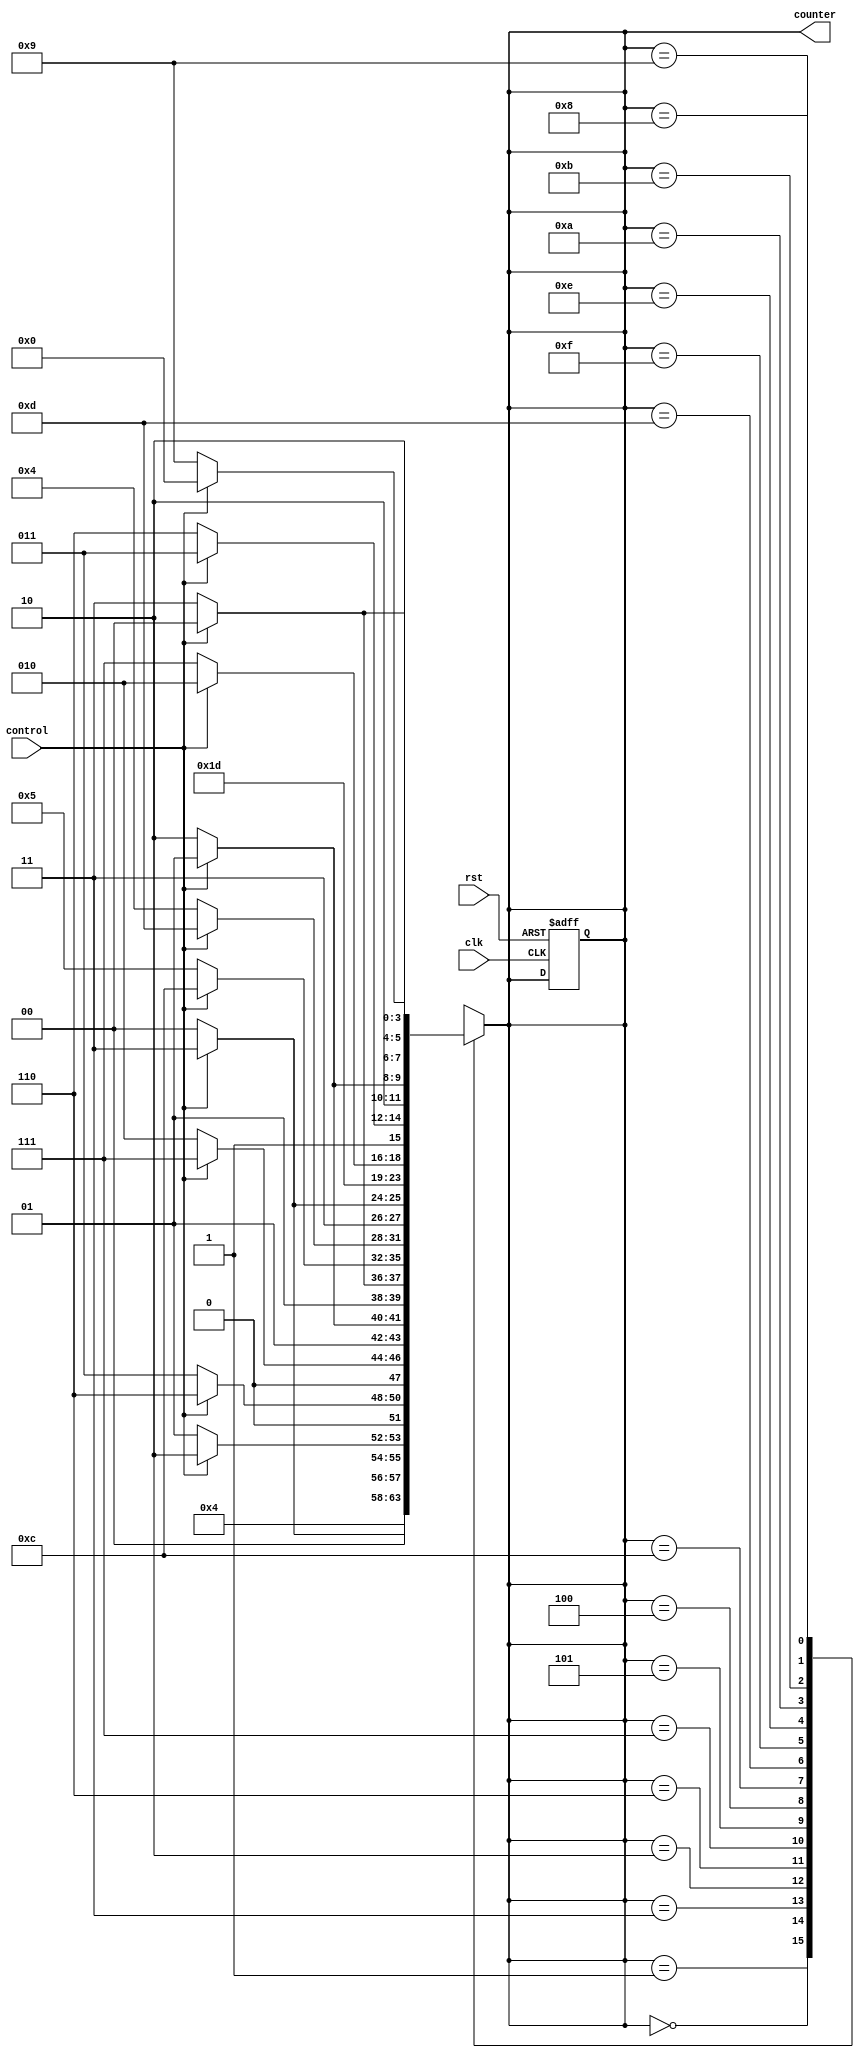
module up_down_gray_counter(
    input wire clk,
    input wire rst,
    input wire control,
    output reg [3:0] counter
);

reg [3:0] next_state;

always @ (posedge clk or posedge rst) begin
    if (rst) begin
        counter <= 0;
    end else begin
        if (control) begin
            next_state <= counter + 4'b0001;
        end else begin
            next_state <= counter - 4'b0001;
        end
    end
end

always @* begin
    case (counter)
        4'b0000: counter = 4'b0001;
        4'b0001: counter = control ? 4'b0011 : 4'b0000;
        4'b0011: counter = control ? 4'b0010 : 4'b0001;
        4'b0010: counter = control ? 4'b0110 : 4'b0011;
        4'b0110: counter = control ? 4'b0111 : 4'b0010;
        4'b0111: counter = control ? 4'b0101 : 4'b0110;
        4'b0101: counter = control ? 4'b0100 : 4'b0111;
        4'b0100: counter = control ? 4'b1100 : 4'b0101;
        4'b1100: counter = control ? 4'b1101 : 4'b0100;
        4'b1101: counter = control ? 4'b1111 : 4'b1100;
        4'b1111: counter = 4'b1110;
        4'b1110: counter = control ? 4'b1010 : 4'b1111;
        4'b1010: counter = control ? 4'b1011 : 4'b1110;
        4'b1011: counter = control ? 4'b1001 : 4'b1010;
        4'b1001: counter = control ? 4'b1000 : 4'b1011;
        4'b1000: counter = control ? 4'b0000 : 4'b1001;
        default: counter = 4'b0000;
    endcase
end

endmodule